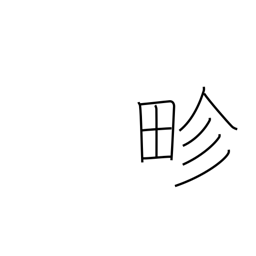
Meaning: boundary between paddies